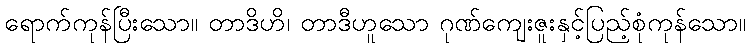
ရောက်ကုန်ပြီးသော။ တာဒိဟိ၊ တာဒီဟူသော ဂုဏ်ကျေးဇူးနှင့်ပြည့်စုံကုန်သော။